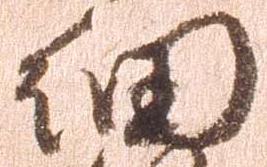
細